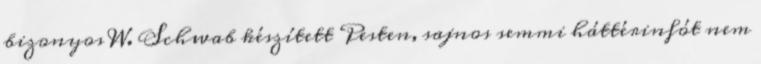
bizonyos W. Schwab készített Pesten, sajnos semmi háttérinfót nem